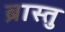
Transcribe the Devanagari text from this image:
ब्रास्तु